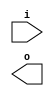
(* abc9_lut=1, blackbox *)
module LUT2(input [1:0] i, output o);
parameter [3:0] mask = 0;
assign o = i[0] ? (i[1] ? mask[3] : mask[2])
                : (i[1] ? mask[1] : mask[0]);
specify
  (i *> o) = 1;
endspecify
endmodule

module abc9_test037(input [1:0] i, output o);
LUT2 #(.mask(4'b0)) lut (.i(i), .o(o));
endmodule